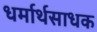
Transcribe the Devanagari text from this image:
धर्मार्थसाधक